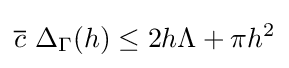
{\overline {c}}\,\,\Delta _{\Gamma }(h)\leq 2h\Lambda +\pi h^{2}